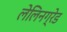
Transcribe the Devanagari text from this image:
लेलिनग्रेड